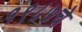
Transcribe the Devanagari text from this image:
१९८७चे